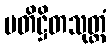
ပတိဋ္ဌိတသုတ္တံ